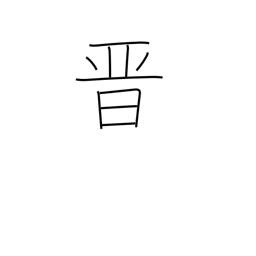
Meaning: advance